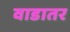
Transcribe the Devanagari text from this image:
वाडातर